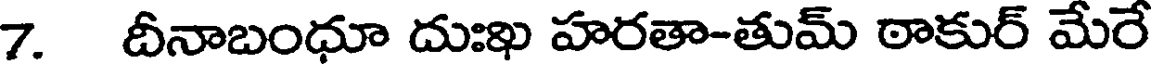
7. దీనాబంధూ దుఃఖ హరతా-తుమ్ ఠాకుర్ మేరే